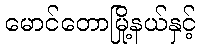
မောင်တောမြို့နယ်နှင့်